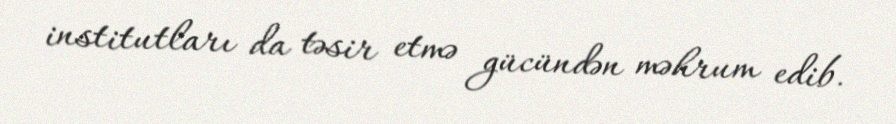
institutları da təsir etmə gücündən məhrum edib.